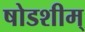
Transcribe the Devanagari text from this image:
षोडशीम्